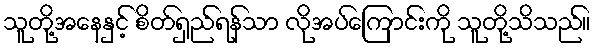
သူတို့အနေနှင့် စိတ်ရှည်ရန်သာ လိုအပ်ကြောင်းကို သူတို့သိသည်။